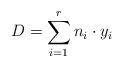
LaTeX: \begin{align*}D = \sum_{i = 1}^r n_i \cdot y_i \end{align*}